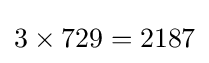
3\times 729=2187